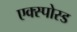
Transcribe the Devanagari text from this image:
एक्स्पोस्ड